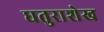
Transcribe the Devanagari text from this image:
धतुराशेख